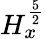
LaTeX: H_{x}^{\frac{5}{2}}